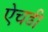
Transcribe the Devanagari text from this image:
ऐचडी